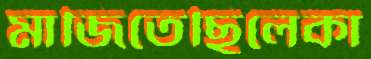
মাজিতেছিলেকা